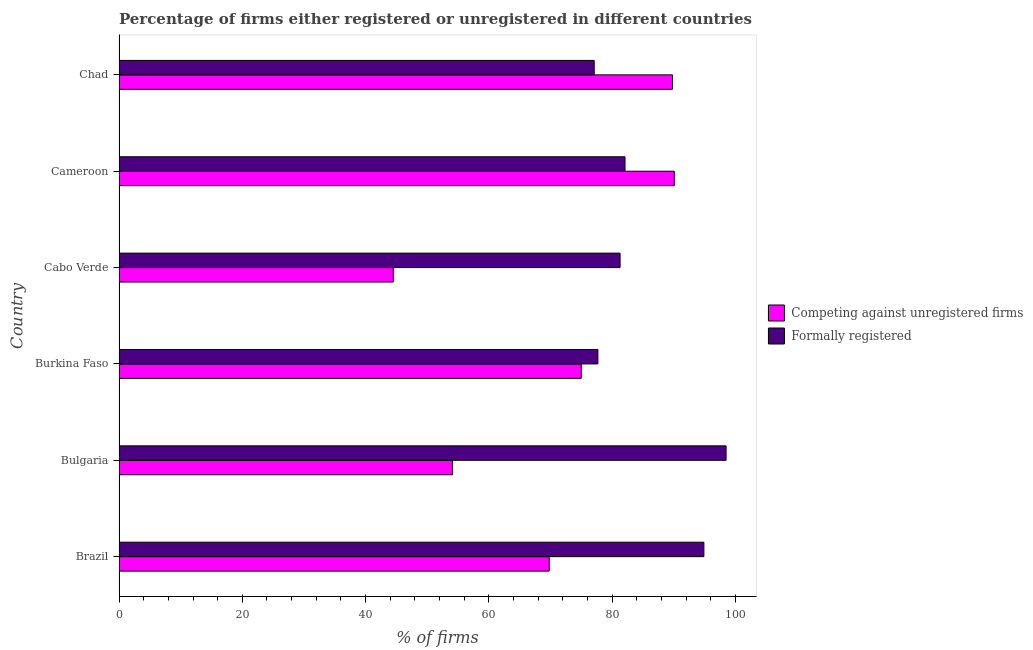
| Country | Competing against unregistered firms | Formally registered |
 | --- | --- | --- |
 | Brazil | 69.8 | 94.9 |
 | Bulgaria | 54.1 | 98.5 |
 | Burkina Faso | 75 | 77.7 |
 | Cabo Verde | 44.5 | 81.3 |
 | Cameroon | 90.1 | 82.1 |
 | Chad | 89.8 | 77.1 |